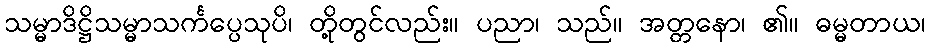
သမ္မာဒိဋ္ဌိသမ္မာသင်္ကပ္ပေသုပိ၊ တို့တွင်လည်း။ ပညာ၊ သည်။ အတ္တနော၊ ၏။ ဓမ္မတာယ၊